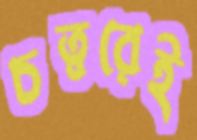
চত্বরেই